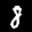
Label: 8